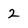
Character: 2